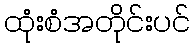
ထုံးစံအတိုင်းပင်